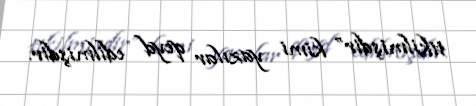
tikilmişdir” kimi yazılar qeyd edilmişdir.